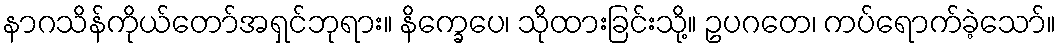
နာဂသိန်ကိုယ်တော်အရှင်ဘုရား။ နိက္ခေပေ၊ သိုထားခြင်းသို့။ ဥပဂတေ၊ ကပ်ရောက်ခဲ့သော်။